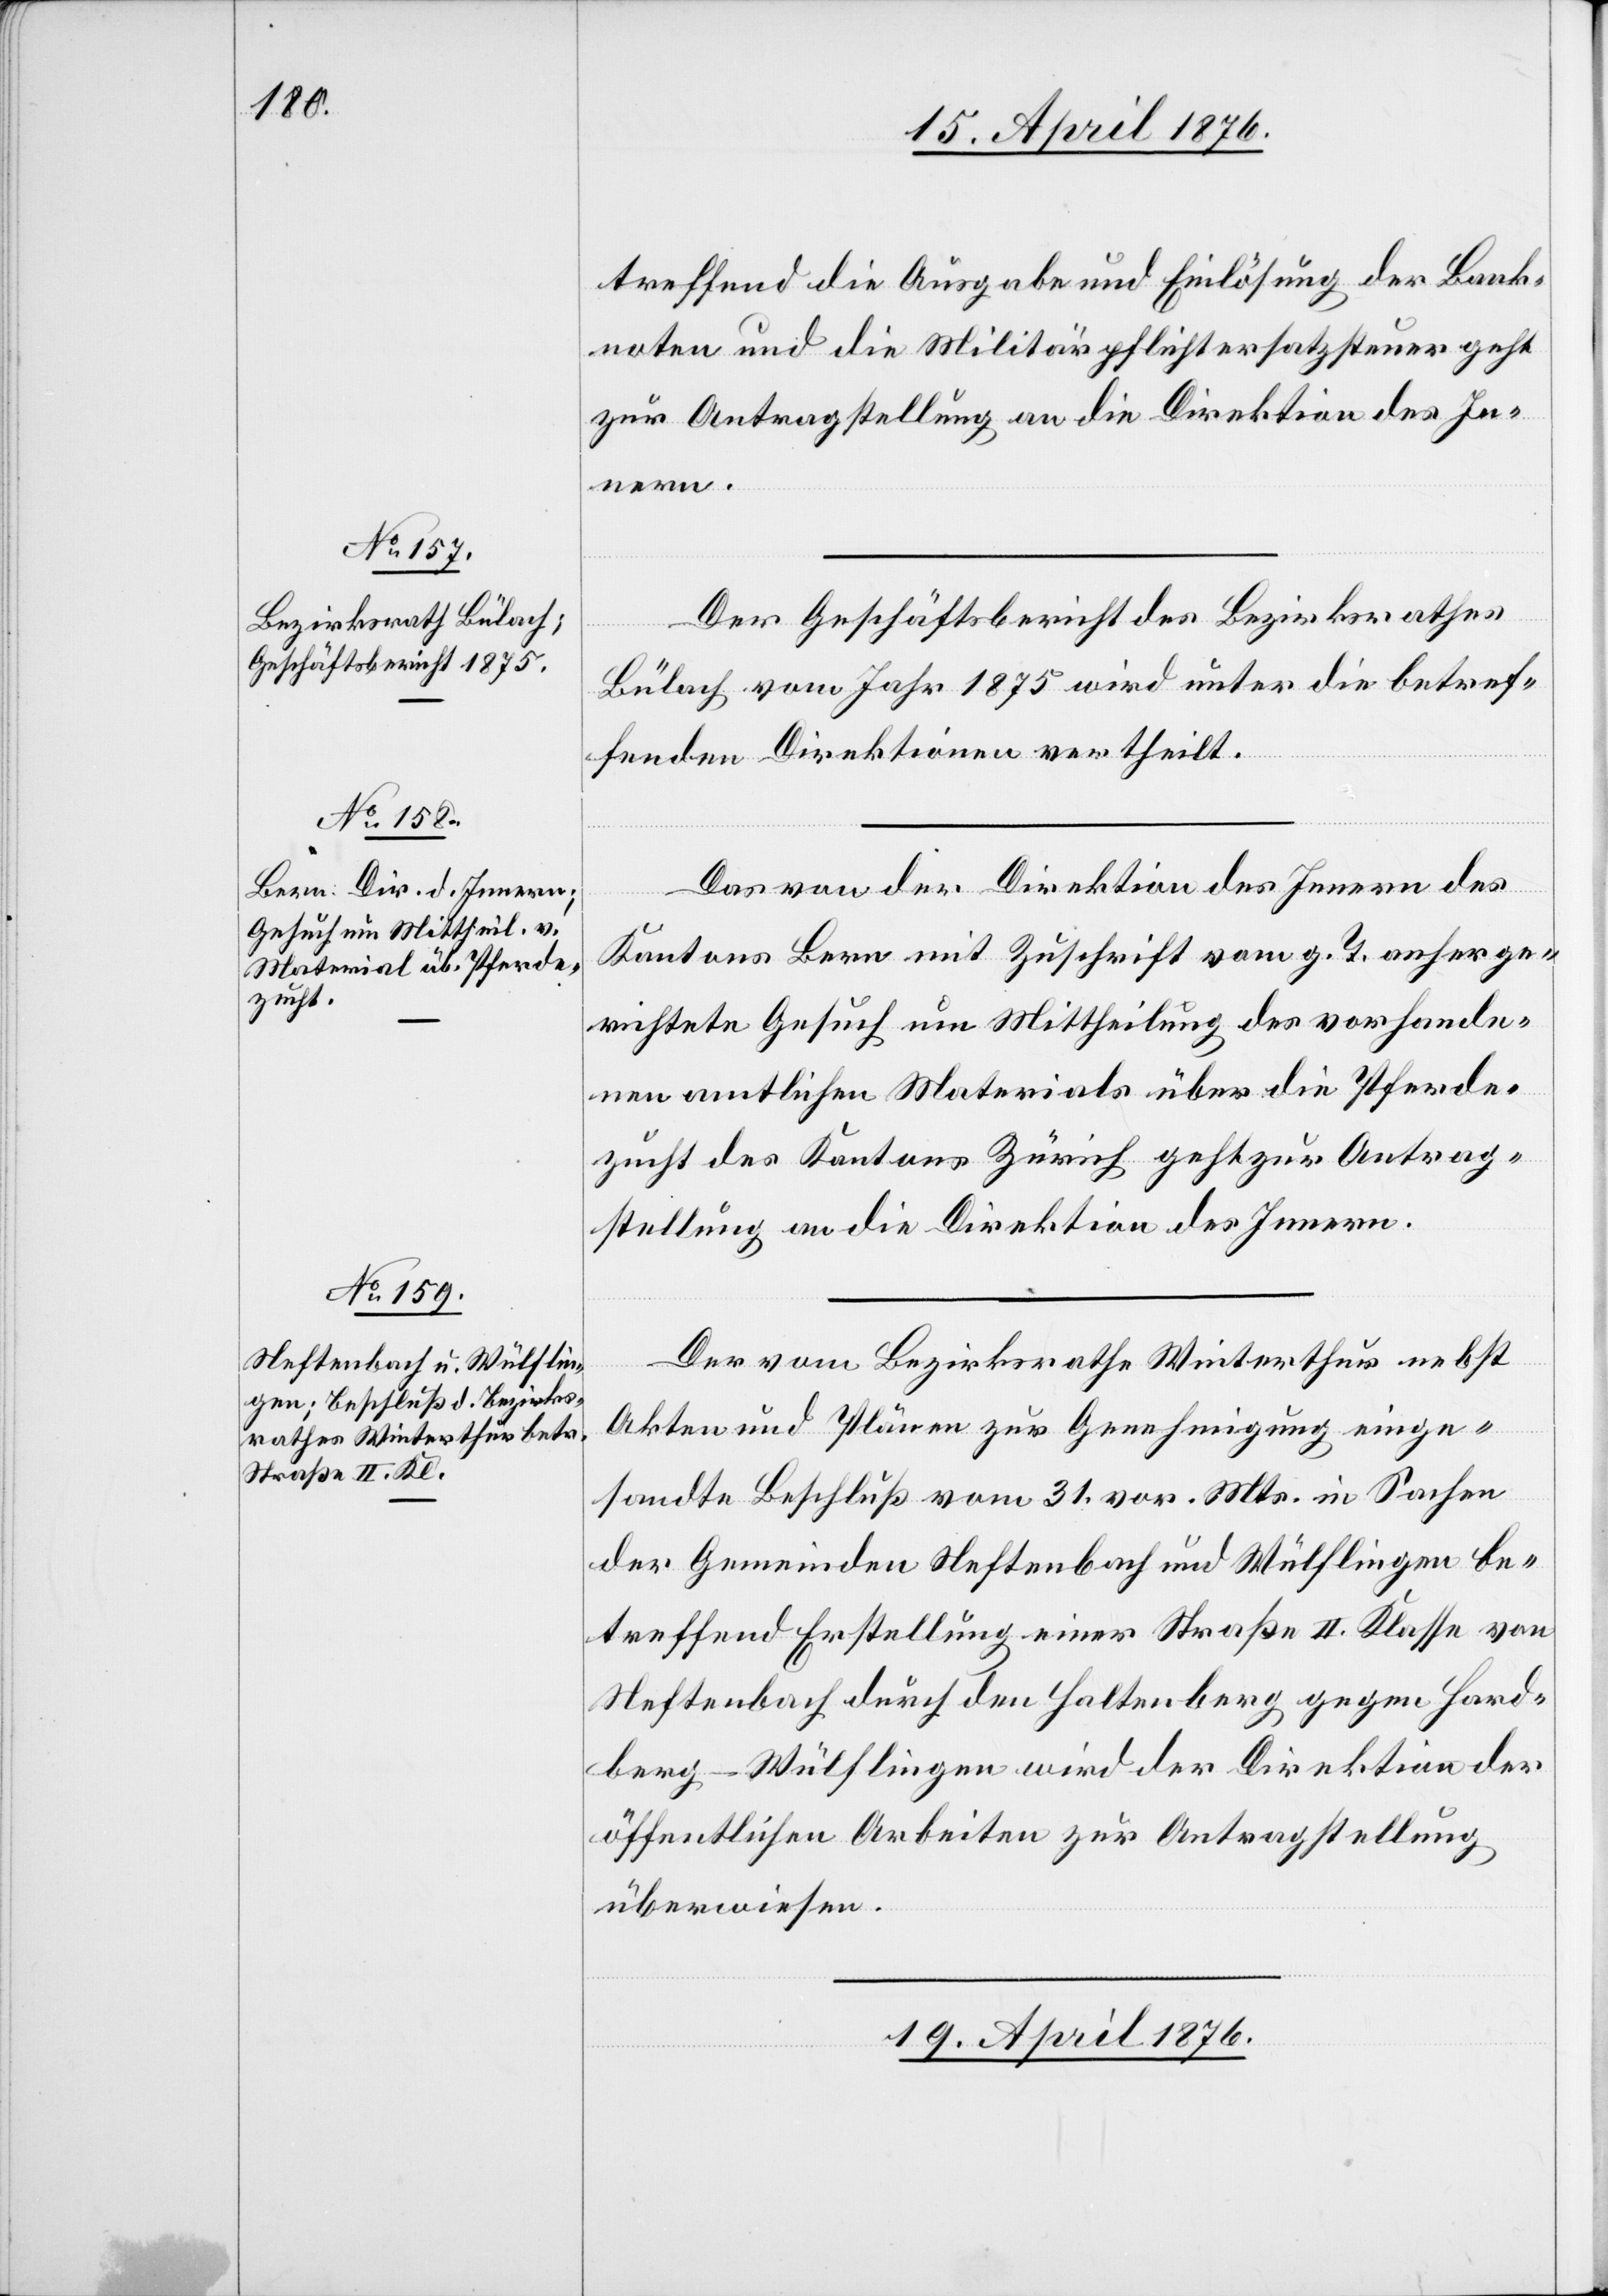
18. April 1876.]
treffend die Ausgabe und Einlösung der Bank¬
noten und die Militärpflichtersatzsteuer geht
zur Antragstellung an die Direktion des In¬
nern.
Der Geschäftsbericht des Bezirksrathes
Bülach vom Jahr 1875 wird unter die betref¬
fenden Direktionen vertheilt.
Das von der Direktion des Innern des
Kantons Bern mit Zuschrift vom g. T. anherge¬
richtete Gesuch um Mittheilung des vorhande¬
nen amtlichen Materials über die Pferde¬
zucht des Kantons Zürich geht zur Antrag¬
stellung an die Direktion des Innern.
Der vom Bezirksrathe Winterthur nebst
Akten und Plänen zur Genehmigung einge¬
sandte Beschluß vom 31. vor. Mts. in Sachen
der Gemeinden Neftenbach und Wülflingen be¬
treffend Erstellung einer Straße II. Klasse von
Neftenbach durch den Haltenberg gegen Hard¬
berg - Wülflingen wird der Direktion der
öffentlichen Arbeiten zur Antragstellung
überwiesen.
19. April 1876.]